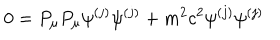
0 = P _ { \mu } P _ { \mu } \psi ^ { ( j ) } \psi ^ { ( j ) } + m ^ { 2 } c ^ { 2 } \psi ^ { ( j ) } \psi ^ { ( j ) }